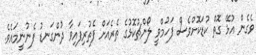
ވެގެން އުޅޭ ގޮތް ކުޑަކޮށްވެސް ފަހުމްވީ ލޯންޗުކޮޅުގެ ތެރެއަށް ފެތުރިފައިވާ ދުންގަނޑު ފެނުނީމައެވެ.